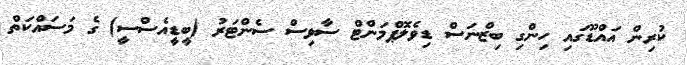
ކުރިން އައްޑޫގައި ހިންގި ބިޒްނަސް ޑިވެލޮޕްމަންޓް ސާވިސް ސެންޓަރު (ބީޑީއެސްސީ) ގެ މަސައްކަތް